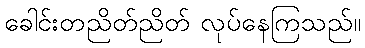
ခေါင်းတညိတ်ညိတ် လုပ်နေကြသည်။